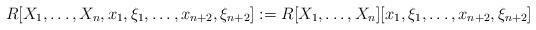
LaTeX: \begin{align*}R[X_1,\ldots,X_n,x_1,\xi_1,\ldots,x_{n+2},\xi_{n+2}]:=R[X_1,\ldots,X_n][x_1,\xi_1,\ldots,x_{n+2},\xi_{n+2}]\end{align*}